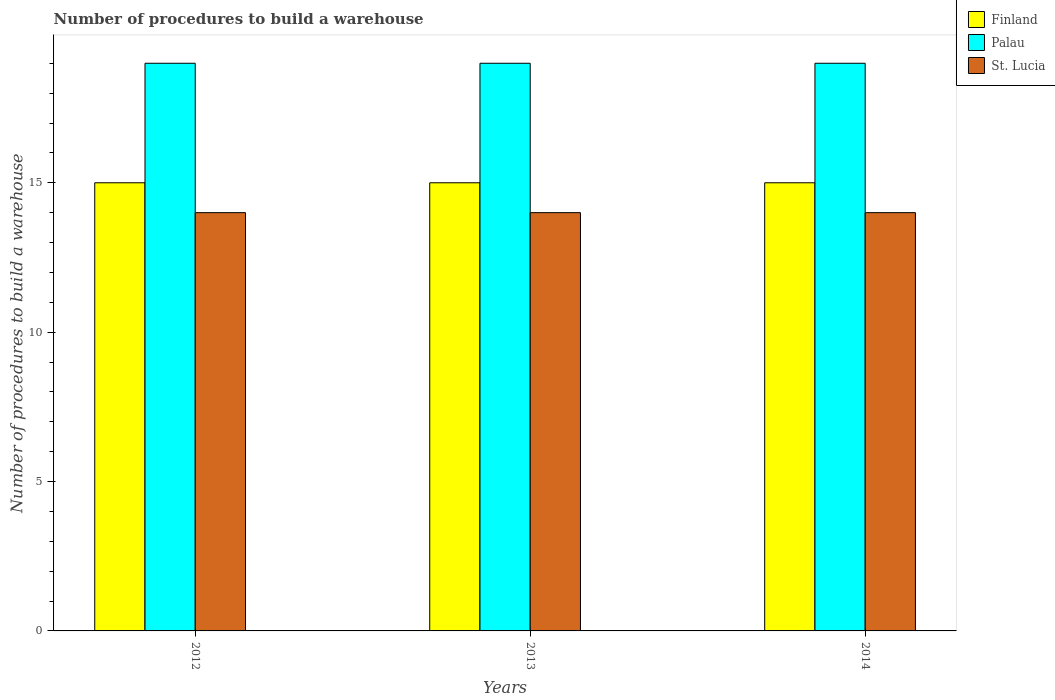
| Years | Finland | Palau | St. Lucia |
 | --- | --- | --- | --- |
 | 2012 | 15 | 19 | 14 |
 | 2013 | 15 | 19 | 14 |
 | 2014 | 15 | 19 | 14 |